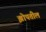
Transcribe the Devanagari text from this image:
झोपतील